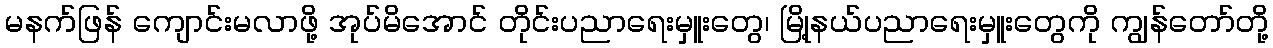
မနက်ဖြန် ကျောင်းမလာဖို့ အုပ်မိအောင် တိုင်းပညာရေးမှူးတွေ၊ မြို့နယ်ပညာရေးမှူးတွေကို ကျွန်တော်တို့